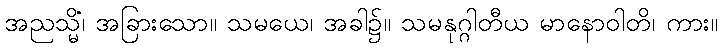
အညသ္မိံ၊ အခြားသော။ သမယေ၊ အခါ၌။ သမနုဂ္ဂါတီယ မာနောဝါတိ၊ ကား။